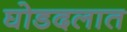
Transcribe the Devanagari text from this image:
घोडदलात